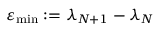
\varepsilon _ { \mathrm { m i n } } : = \lambda _ { N + 1 } - \lambda _ { N }